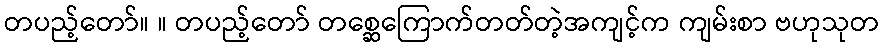
တပည့်တော်။ ။ တပည့်တော် တစ္ဆေကြောက်တတ်တဲ့အကျင့်က ကျမ်းစာ ဗဟုသုတ